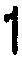
1